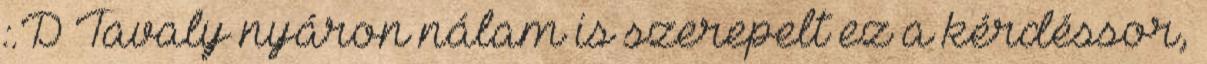
:.D Tavaly nyáron nálam is szerepelt ez a kérdéssor,